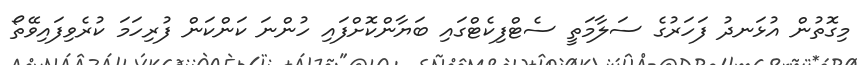
މިގޮތުން އުޅަނދު ފަހަރުގެ ސަލާމަތީ ސެޓްފިކެޓްގައި ބަޔާންކޮށްފައި ހުންނަ ކަންކަން ފުރިހަމަ ކުރެވިފައިވޭތޯ